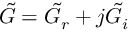
\tilde { G } = \tilde { G } _ { r } + j \tilde { G } _ { i }